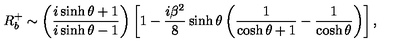
R _ { b } ^ { + } \sim \left( \frac { i \sinh \theta + 1 } { i \sinh \theta - 1 } \right) \left[ 1 - \frac { i \beta ^ { 2 } } { 8 } \sinh \theta \left( \frac { 1 } { \cosh \theta + 1 } - \frac { 1 } { \cosh \theta } \right) \right] ,